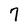
Character: 7